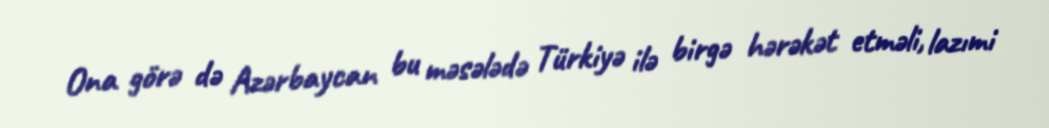
Ona görə də Azərbaycan bu məsələdə Türkiyə ilə birgə hərəkət etməli, lazımi